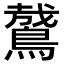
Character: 䳣